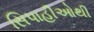
સિપાહીઓથી